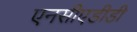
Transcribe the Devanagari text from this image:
एनसीएडीडी